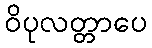
ဝိပုလတ္တာပေ